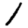
Digit: 1